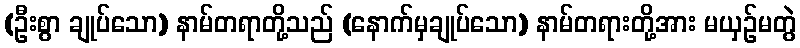
(ဦးစွာ ချုပ်သော) နာမ်တရာတို့သည် (နောက်မှချုပ်သော) နာမ်တရားတို့အား မယှဉ်မတွဲ